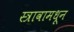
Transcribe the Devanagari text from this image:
स्त्रावामधून